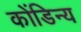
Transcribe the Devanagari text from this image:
कोंडिन्य